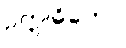
ဥက္ကုဓိတော